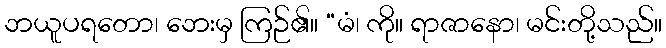
ဘယူပရတော၊ ဘေးမှ ကြဉ်၏။ “မံ၊ ကို။ ရာဇာနော၊ မင်းတို့သည်။